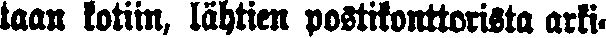
taan kotiin, lähtien postikonttorista arki-